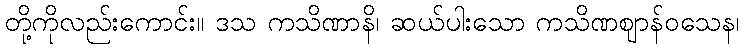
တို့ကိုလည်းကောင်း။ ဒသ ကသိဏာနိ၊ ဆယ်ပါးသော ကသိဏဈာန်ဝသေန၊